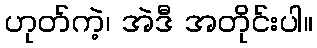
ဟုတ်ကဲ့၊ အဲဒီ အတိုင်းပါ။